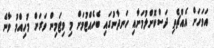
އަވަހަށް އެއްޗެތި ދަސްކޮށްލުމަށާއި ހަނދާނުގައި ބެހެއްޓުމަށް މި ވިޓަމިން ވަރަށް މުހިއްމު ވާނެ